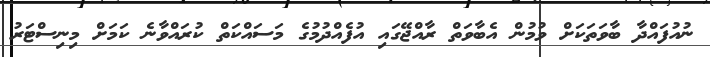
ނުއުފައްދާ ބާވަތަކަށް ވުމުން އެބާވަތް ރާއްޖޭގައި އުފެއްދުމުގެ މަސައްކަތް ކުރައްވާނެ ކަމަށް މިނިސްޓަރު